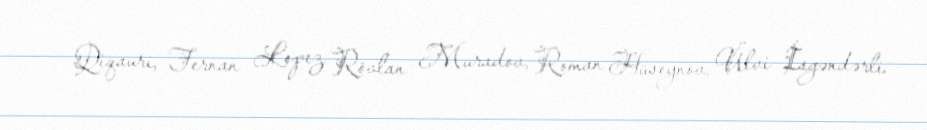
Qiqauri, Fernan Lopez, Rövlan Muradov, Roman Hüseynov, Ülvi İsgəndərli.